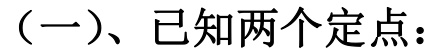
（一）、已知两个定点：